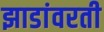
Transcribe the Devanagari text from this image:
झाडांवरती